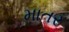
માતર